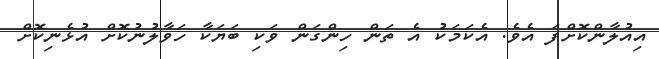
އިއުލާންކޮށްފަ އެވެ. އެކަމަކު އެ ތަން ހިންގަން ވަކި ބަޔަކާ ހަވާލުނުކޮށް އުޅެނިކޮށް